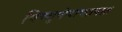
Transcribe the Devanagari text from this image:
विष्णुपंचायतनात